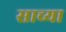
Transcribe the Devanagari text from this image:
साच्या